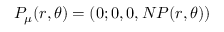
P _ { \mu } ( r , \theta ) = ( 0 ; 0 , 0 , N P ( r , \theta ) )